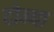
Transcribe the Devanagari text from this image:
दोन्या